Vaccination Hyderabad 1872-1889 - 1872-1889
Year: 1872
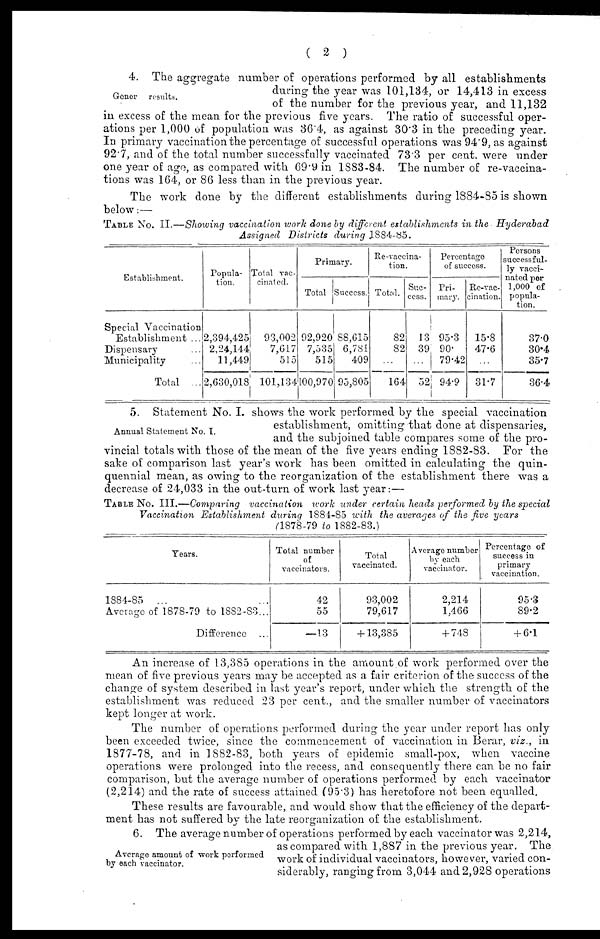
( 2 )
Gener results.
4. The aggregate number of operations performed by all establishments
during the year was 101,134, or 14,413 in excess
of the number for the previous year, and 11,132
in excess of the mean for the previous five years. The ratio of successful oper-
ations per 1,000 of population was 36.4, as against 30.3 in the preceding year.
In primary vaccination the percentage of successful operations was 94.9, as against
92.7, and of the total number successfully vaccinated 73.3 per cent. were under
one year of age, as compared with 69.9 in 1883-84. The number of re-vaccina-
tions was 164, or 86 less than in the previous year.
The work done by the different establishments during 1884-85 is shown
below:—
TABLE No. II.—Showing vaccination work done by different establishments in the Hyderabad
Assigned Districts during 1884-85.
Establishment.
Special Vaccination
Establishment ...
Dispensary ...
Municipality ...
Total ...
Popula-
tion.
2,394,425
2,24,144
11,449
2,630,018
Total vac-
cinated.
93,002
7,617
515
101,134
Primary.
Total
92,920
7,535
515
100,970
Success.
88,615
6,781
409
95,805
Re-vaccina-
tion.
Total.
82
82
...
164
Suc-
cess.
13
39
...
52
Percentage
of success.
Pri-
mary.
95.3
90.
79.42
94.9
Re-vac-
cination.
15.8
47.6
...
31.7
Persons
successful-
ly vacci-
nated per
1,000 of
popula-
tion.
37.0
30.4
35.7
36.4
Annual Statement No. I.
5. Statement No. I. shows the work performed by the special vaccination
establishment, omitting that done at dispensaries,
and the subjoined table compares some of the pro-
vincial totals with those of the mean of the five years ending 1882-83. For the
sake of comparison last year's work has been omitted in calculating the quin-
quennial mean, as owing to the reorganization of the establishment there was a
decrease of 24,033 in the out-turn of work last year:—
TABLE No. III.—Comparing vaccination work under certain heads performed by the special
Vaccination Establishment during 1884-85 with the averages of the five years
(1878-79 to 1882-83.)
Years.
1884-85 ... ...
Average of 1878-79 to 1882-83...
Difference ...
Total number
of
vaccinators.
42
55
—13
Total
vaccinated.
93,002
79,617
+ 13,385
Average number
by each
vaccinator.
2,214
1,466
+ 748
Percentage of
success in
primary
vaccination.
95.3
89.2
+ 6.1
An increase of 13,385 operations in the amount of work performed over the
mean of five previous years may be accepted as a fair criterion of the success of the
change of system described in last year's report, under which the strength of the
establishment was reduced 23 per cent., and the smaller number of vaccinators
kept longer at work.
The number of operations performed during the year under report has only
been exceeded twice, since the commencement of vaccination in Berar, viz., in
1877-78, and in 1882-83, both years of epidemic small-pox, when vaccine
operations were prolonged into the recess, and consequently there can be no fair
comparison, but the average number of operations performed by each vaccinator
(2,214) and the rate of success attained (95.3) has heretofore not been equalled.
These results are favourable, and would show that the efficiency of the depart-
ment has not suffered by the late reorganization of the establishment.
Average amount of work performed
by each vaccinator.
6. The average number of operations performed by each vaccinator was 2,214,
as compared with 1,887 in the previous year. The
work of individual vaccinators, however, varied con-
siderably, ranging from 3,044 and 2,928 operations